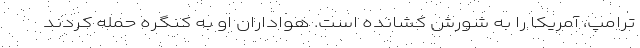
ترامپ، آمریکا را به شورش کشانده است. هواداران او به کنگره حمله کردند